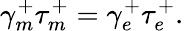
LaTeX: \gamma_{m}^{+}\tau_{m}^{+}=\gamma_{e}^{+}\tau_{e}^{+}.